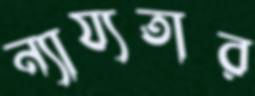
ন্যায্যতার